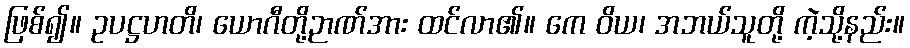
ဖြစ်၍။ ဥပဋ္ဌဟတိ၊ ယောဂီတို့ဉာဏ်အား ထင်လာ၏။ ကေ ဝိယ၊ အဘယ်သူတို့ ကဲ့သို့နည်း။